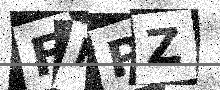
Text: FHPZ